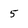
Character: 5